Lunatic asylums Punjab 1868-1880 - 1868-1880
Year: 1868
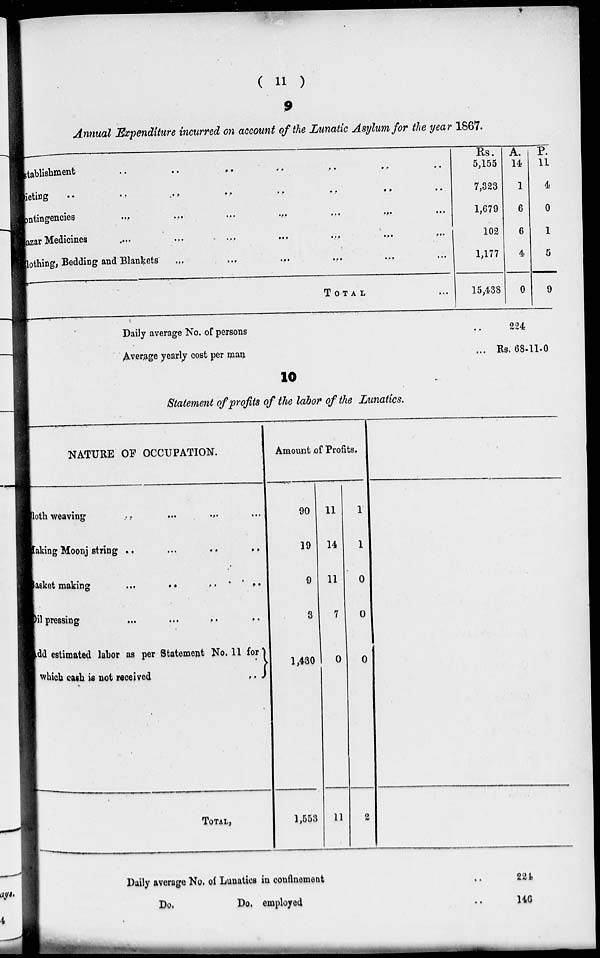
( 11 )
9
Annual Expenditure incurred on account of the Lunatic Asylum for the year 1867.
Establishment
..
..
..
..
...
..
Dieting
..
..
..
..
..
..
..
..
Contingencies
...
...
...
...
...
...
...
Bazar Medicines
....
...
...
...
...
...
...
Clothing, Bedding and Blankets
...
...
...
...
...
TOTAL ...
Rs.
5,155
7,323
1,679
102
1,177
15,438
A.
14
1
6
6
4
0
P.
11
4
0
1
5
9
Daily average No. of persons
Average yearly cost per man
.. 224
... Rs. 68-11-0
10
Statement of profits of the labor of the Lunatics.
NATURE OF OCCUPATION.
Cloth weaving
...
... ... ...
Making Moonj string
..
...
..
..
Basket making
... .. .. ..
Oil pressing ... ... .. ..
Add estimated labor as per Statement No. 11 for
which cash is not received
..
TOTAL,
Amount of Profits.
90
19
9
3
1,430
1,553
11
14
11
7
0
11
1
1
0
0
0
2
Daily average No. of Lunatics in confinement ..
Do.
Do. employed ..
224
146